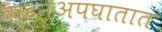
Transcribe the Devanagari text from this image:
वाहनअपघातात